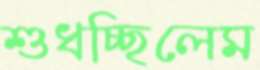
শুধচ্ছিলেম